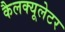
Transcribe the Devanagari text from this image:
कैलक्यूलेटर